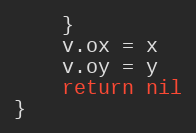
Language: Go
	}
	v.ox = x
	v.oy = y
	return nil
}